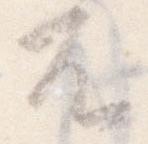
不